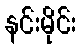
နင်းမိုင်း